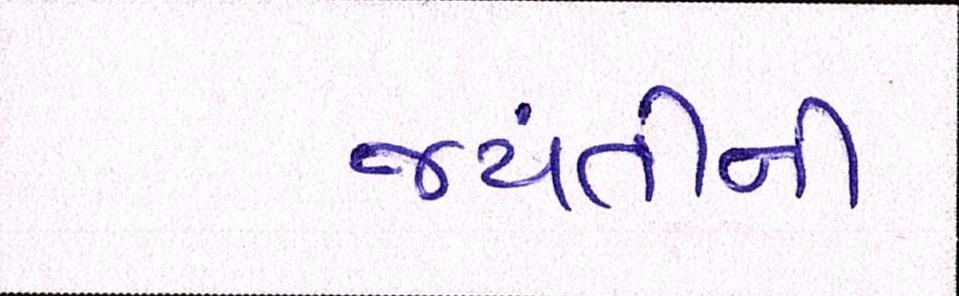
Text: જયંતીની